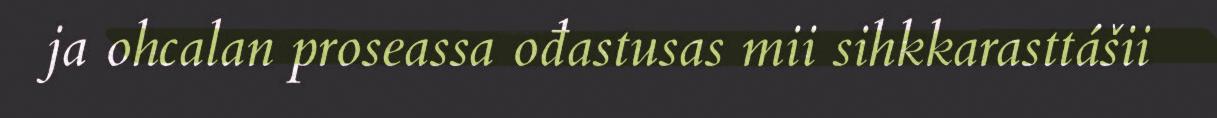
ja ohcalan proseassa ođastusas mii sihkkarasttášii